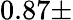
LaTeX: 0.87\pm